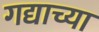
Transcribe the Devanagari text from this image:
गद्याच्या